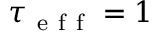
\tau _ { \mathrm { ~ e ~ f ~ f ~ } } = 1